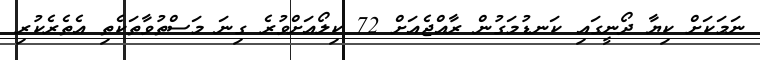
ނަމަކަށް ކިޔާ ދޯނީގައި ކަނޑުމަގުން ރާއްޖެއަށް 72 ކިލޯއަށްވުރެ ގިނަ މަސްތުވާތަކެތި އެތެރެކުރި